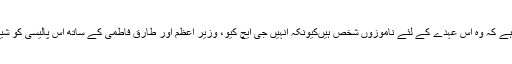
دلیل یہ دی جاتی ہے کہ وہ اس عہدے کے لئے ناموزوں شخص ہیںکیونکہ اُنہیں جی ایچ کیو، وزیر ِاعظم اور طارق فاطمی کے ساتھ اس پالیسی کو شیئر کرنا پڑتا ہے ۔